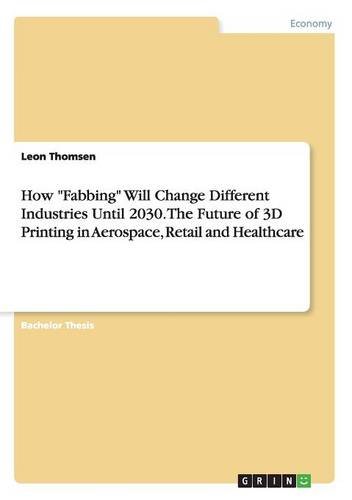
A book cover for How "Fabbing" Will Change Different Industries Until 2030. The Future of 3D Printing in Aerospace, Retail and Healthcare; Leon Thomsen; Computers & Technology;